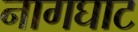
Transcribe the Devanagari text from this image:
नागघाट